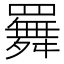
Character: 𦌬